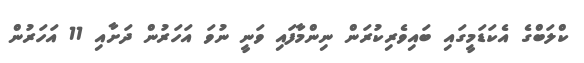
ކްލަބްގެ އެކަޑަމީގައި ބައިވެރިކުރަން ނިންމާފައި ވަނީ ނުވަ އަހަރުން ދަށާއި 11 އަހަރުން